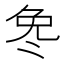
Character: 𫥎